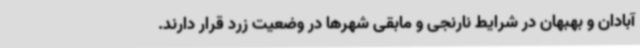
آبادان و بهبهان در شرایط نارنجی و مابقی شهرها در وضعیت زرد قرار دارند.